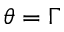
\theta = \Gamma